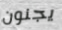
يجنون